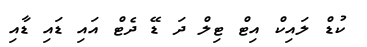
ކުޑް ލައިކް އިޓް ޓިލް ދަ ޑޭ ދެޓް އައި ޑައި ޑާއި